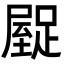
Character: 𮛿